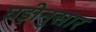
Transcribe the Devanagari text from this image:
घड़ीनुसार